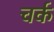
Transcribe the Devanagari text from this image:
चर्क